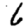
Digit: 6